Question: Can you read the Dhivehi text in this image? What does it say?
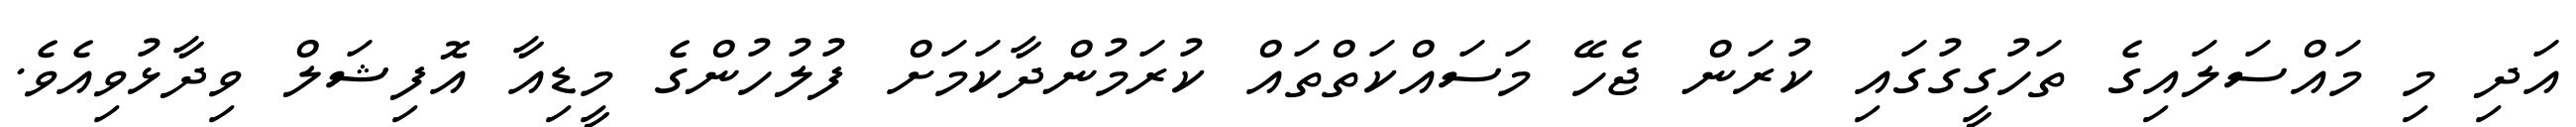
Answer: އަދި މި މައްސަލައިގެ ތަހުގީގުގައި ކުރަން ޖެހޭ މަސައްކަތްތައް ކުރަމުންދާކަމަށް ފުލުހުންގެ މީޑިއާ އޮފިޝަލް ވިދާޅުވިއެވެ.